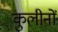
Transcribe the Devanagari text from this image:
कुलीनाें